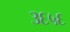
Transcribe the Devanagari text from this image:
३६५६